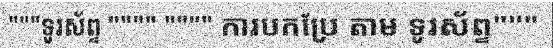
"""ទូរស័ព្ទ """" """" ការបកប្រែ តាម ទូរស័ព្ទ"""